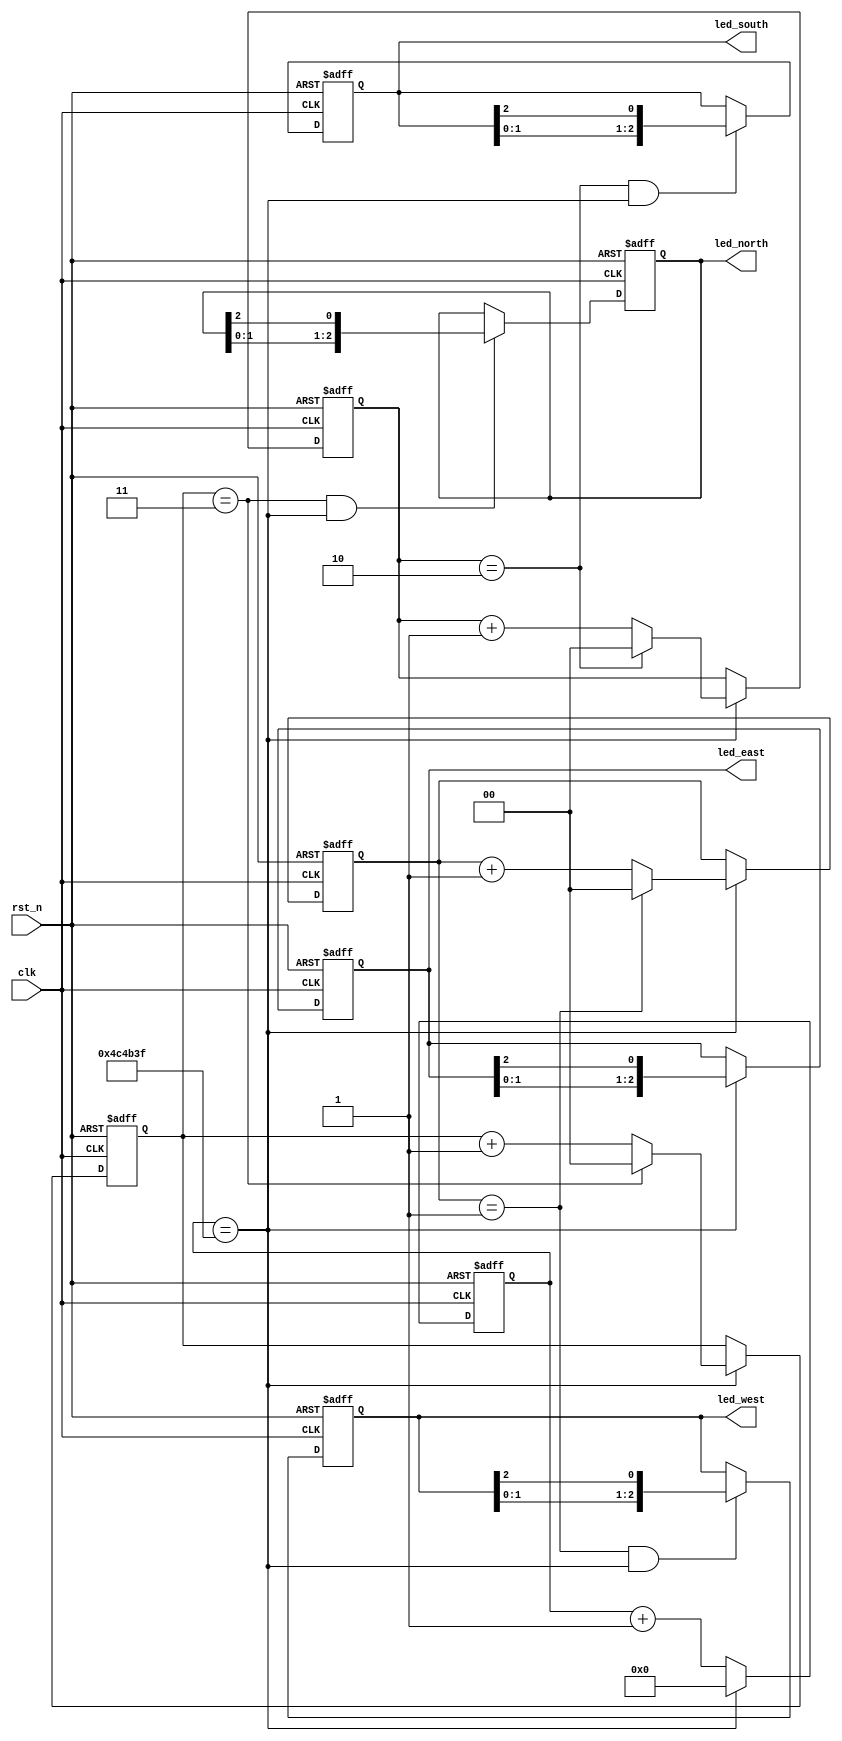
module traffic_led (
	clk,
	rst_n,
	led_east,
	led_south,
	led_west,
	led_north
);

input clk ;
input rst_n;

output[2:0] led_east;
output[2:0] led_south;
output[2:0] led_west;
output[2:0] led_north;
reg[2:0] led_east;
reg[2:0] led_south;
reg[2:0] led_west;
reg[2:0] led_north;
	
	
parameter TIME_1s = 5_000_000 ;
reg[23:0] cnt_1s;

always @(posedge clk or negedge rst_n)begin
    if(!rst_n)begin
        cnt_1s <= 0;
    end
    else begin
        if(cnt_1s==TIME_1s-1) cnt_1s <= 0;
        else cnt_1s <= cnt_1s + 1;
    end
end


reg[1:0] sum_2s,sum_3s,sum_4s;

always@(posedge clk or negedge rst_n)begin
    if(rst_n==1'b0)begin
        sum_2s<=0;
		sum_3s<=0;
		sum_4s<=0;
    end
    else if(cnt_1s==TIME_1s-1) begin
			if(sum_2s==1) sum_2s<=0;
			else sum_2s<=sum_2s+1;
			
			if(sum_3s==2) sum_3s<=0;
			else sum_3s<=sum_3s+1;
			
			if(sum_4s==3) sum_4s<=0;
			else sum_4s<=sum_4s+1;
		end
end

always@(posedge clk or negedge rst_n)begin
    if(rst_n==1'b0)begin
        led_east<=3'b110;
    end
    else if(cnt_1s==TIME_1s-1) begin
        led_east<={led_east[1:0],led_east[2]};
    end
end
always@(posedge clk or negedge rst_n)begin
    if(rst_n==1'b0)begin
        led_west<=3'b110;
    end
    else if(sum_2s==1 && cnt_1s==TIME_1s-1) begin
        led_west<={led_west[1:0],led_west[2]};
    end
end
always@(posedge clk or negedge rst_n)begin
    if(rst_n==1'b0)begin
        led_south<=3'b110;
    end
    else if(sum_3s==2 && cnt_1s==TIME_1s-1) begin
        led_south<={led_south[1:0],led_south[2]};
    end
end
always@(posedge clk or negedge rst_n)begin
    if(rst_n==1'b0)begin
        led_north<=3'b110;
    end
    else if(sum_4s==3 && cnt_1s==TIME_1s-1) begin
        led_north<={led_north[1:0],led_north[2]};
    end
end


endmodule